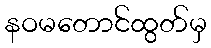
နဝမတောင်ထွတ်မှ